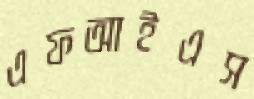
এফআইএস